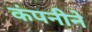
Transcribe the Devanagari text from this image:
कंपनीने